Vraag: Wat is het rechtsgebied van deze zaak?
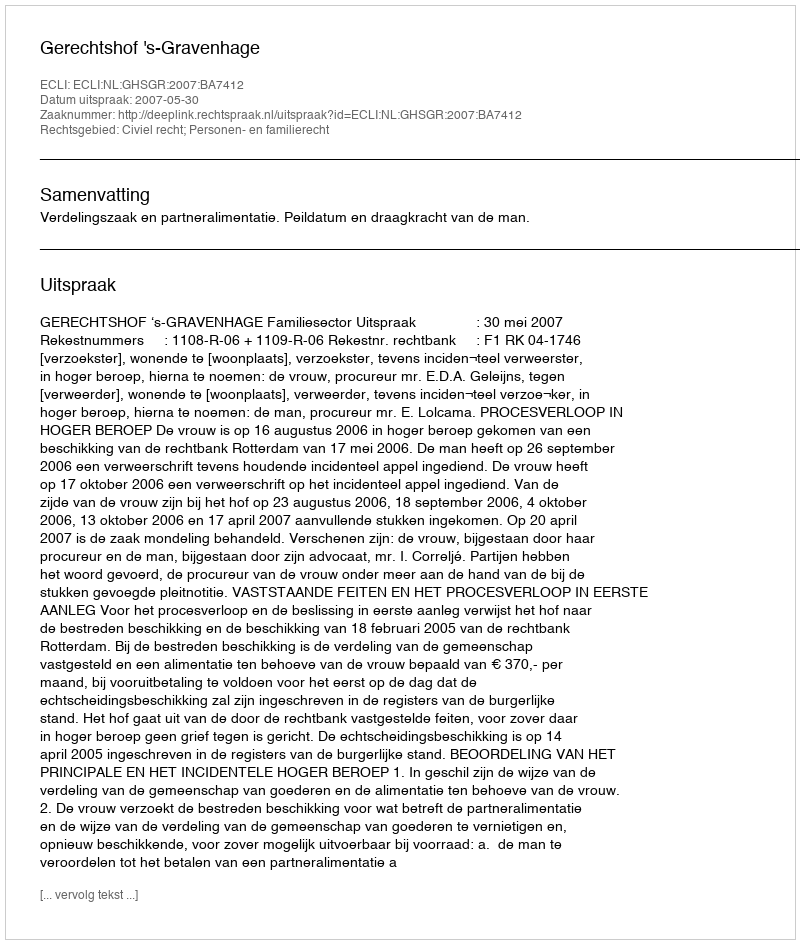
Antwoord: Civiel recht; Personen- en familierecht